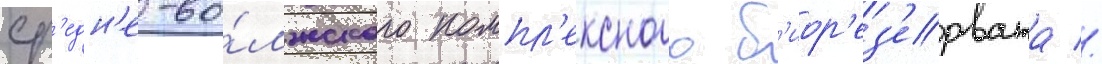
ср'едн'е-во́лжского компл'ексного б'иор'ез'ервата //